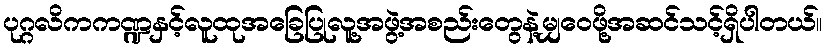
ပုဂ္ဂလိကကဏ္ဍနှင့်လူထုအခြေပြုလူ့အဖွဲ့အစည်းတွေနဲ့မျှဝေဖို့အဆင်သင့်ရှိပါတယ်။